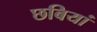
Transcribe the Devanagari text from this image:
छबियां